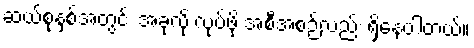
ဆယ်စုနှစ်အတွင်း အခုလို လုပ်ဖို့ အစီအစဉ်လည်း ရှိနေပါတယ်။